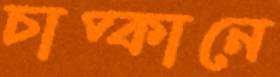
চাপ্কানে